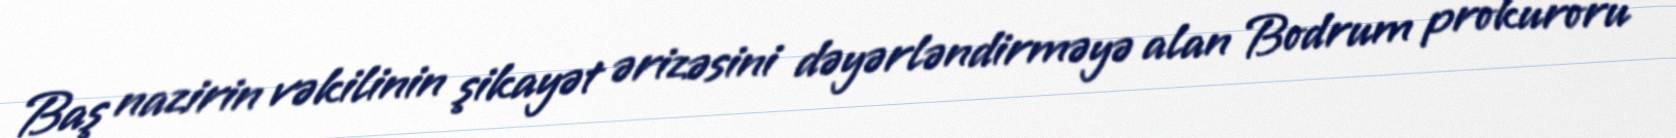
Baş nazirin vəkilinin şikayət ərizəsini dəyərləndirməyə alan Bodrum prokuroru